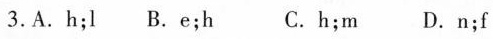
3.A.H;l B.E;h C.h;m D.N;f